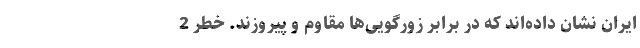
ایران نشان داده‌اند که در برابر زورگویی‌ها مقاوم و پیروزند. خطر 2